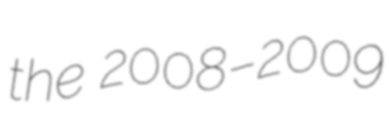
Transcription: the 2008–2009